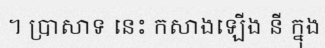
។ ប្រាសាទ នេះ កសាងឡើង នី ក្នុង